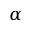
\alpha